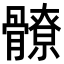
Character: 𩪚